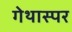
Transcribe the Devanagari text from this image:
गेथास्पर